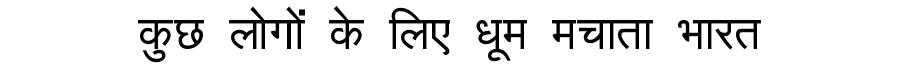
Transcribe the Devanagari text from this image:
कुछ लोगों के लिए धूम मचाता भारत